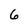
Character: 6